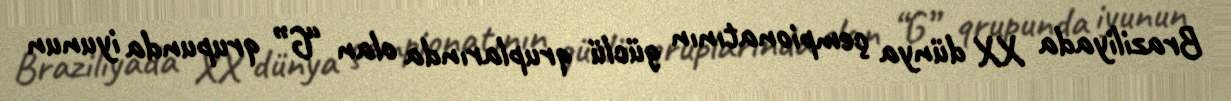
Braziliyada XX dünya çempionatının güclü qruplarında olan “G” qrupunda iyunun